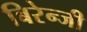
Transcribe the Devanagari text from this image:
बिरेन्जी